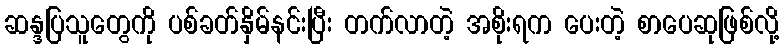
ဆန္ဒပြသူတွေကို ပစ်ခတ်နှိမ်နင်းပြီး တက်လာတဲ့ အစိုးရက ပေးတဲ့ စာပေဆုဖြစ်လို့